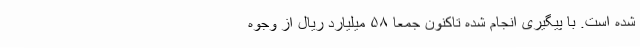
شده است. با پیگیری انجام شده تاکنون جمعاً ۵۸ میلیارد ریال از وجوه